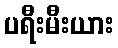
ပရီးမီးယား